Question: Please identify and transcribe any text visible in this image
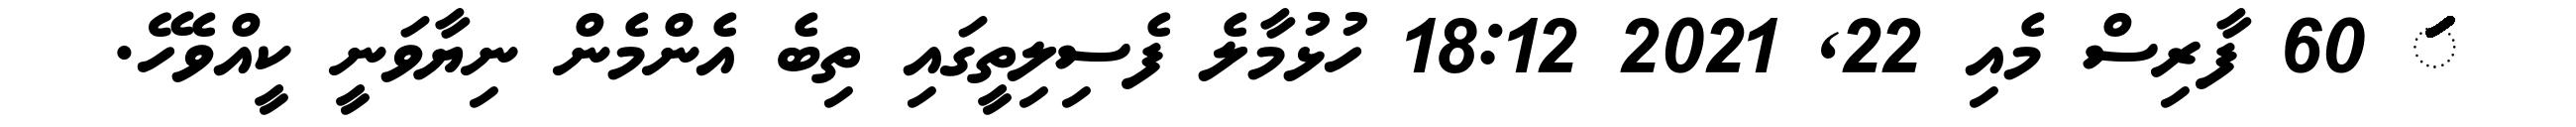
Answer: ަަަަަަަަަަަަަަަަަަަަަަަަަަަަަަަަަަަަަަަަަަަަަަަަަަަަަަަަަަ 60 ފާރިސް މެއި 22, 2021 18:12 ހުޅުމާލެ ފެސިލިތީގައި ތިބެ އެންމެން ނިޔާވަނީ ކީއްވެހޭ.